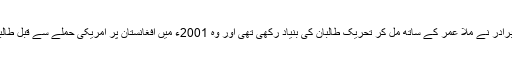
واضح رہے کہ ملا عبدالغنی برادر نے ملا عمر کے ساتھ مل کر تحریک طالبان کی بنیاد رکھی تھی اور وہ 2001ء میں افغانستان پر امریکی حملے سے قبل طالبان حکومت کا اہم حصہ تھے۔